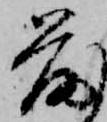
落